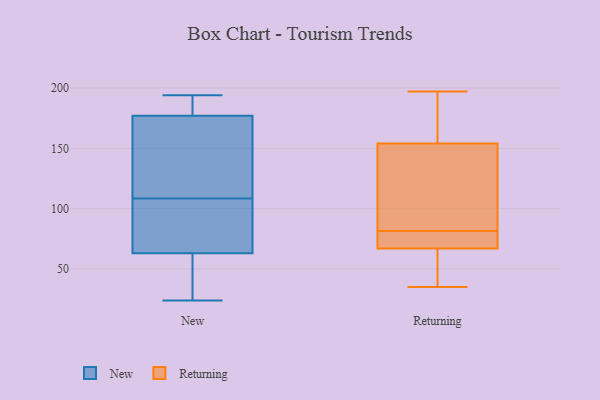
{"axis": {"x": "Customer Acquisition Cost (USD)", "y": "Value"}, "legend": ["New", "Returning"], "data": [{"x": "", "y": 194, "type": "New"}, {"x": "", "y": 177, "type": "New"}, {"x": "", "y": 63, "type": "New"}, {"x": "", "y": 155, "type": "New"}, {"x": "", "y": 68, "type": "New"}, {"x": "", "y": 180, "type": "New"}, {"x": "", "y": 80, "type": "New"}, {"x": "", "y": 185, "type": "New"}, {"x": "", "y": 58, "type": "New"}, {"x": "", "y": 55, "type": "New"}, {"x": "", "y": 193, "type": "New"}, {"x": "", "y": 120, "type": "New"}, {"x": "", "y": 39, "type": "New"}, {"x": "", "y": 24, "type": "New"}, {"x": "", "y": 134, "type": "New"}, {"x": "", "y": 164, "type": "New"}, {"x": "", "y": 70, "type": "New"}, {"x": "", "y": 97, "type": "New"}, {"x": "", "y": 78, "type": "Returning"}, {"x": "", "y": 45, "type": "Returning"}, {"x": "", "y": 67, "type": "Returning"}, {"x": "", "y": 142, "type": "Returning"}, {"x": "", "y": 197, "type": "Returning"}, {"x": "", "y": 35, "type": "Returning"}, {"x": "", "y": 162, "type": "Returning"}, {"x": "", "y": 154, "type": "Returning"}, {"x": "", "y": 76, "type": "Returning"}, {"x": "", "y": 85, "type": "Returning"}]}